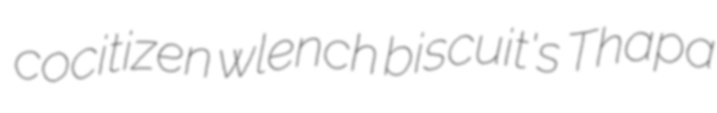
cocitizen wlench biscuit's Thapa